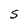
Character: S